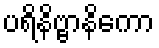
ပရိနိဗ္ဗာနိကော